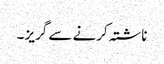
ناشتہ کرنے سے گریز ۔